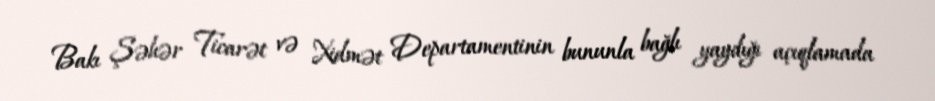
Bakı Şəhər Ticarət və Xidmət Departamentinin bununla bağlı yaydığı açıqlamada